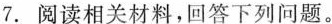
7.阅读相关材料，回答下列问题。